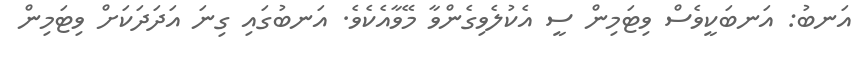
އަނބު: އަނބަކީވެސް ވިޓަމިން ސީ އެކުލެވިގެންވާ މޭވާއެކެވެ. އަނބުގައި ގިނަ އަދަދަކަށް ވިޓަމިން